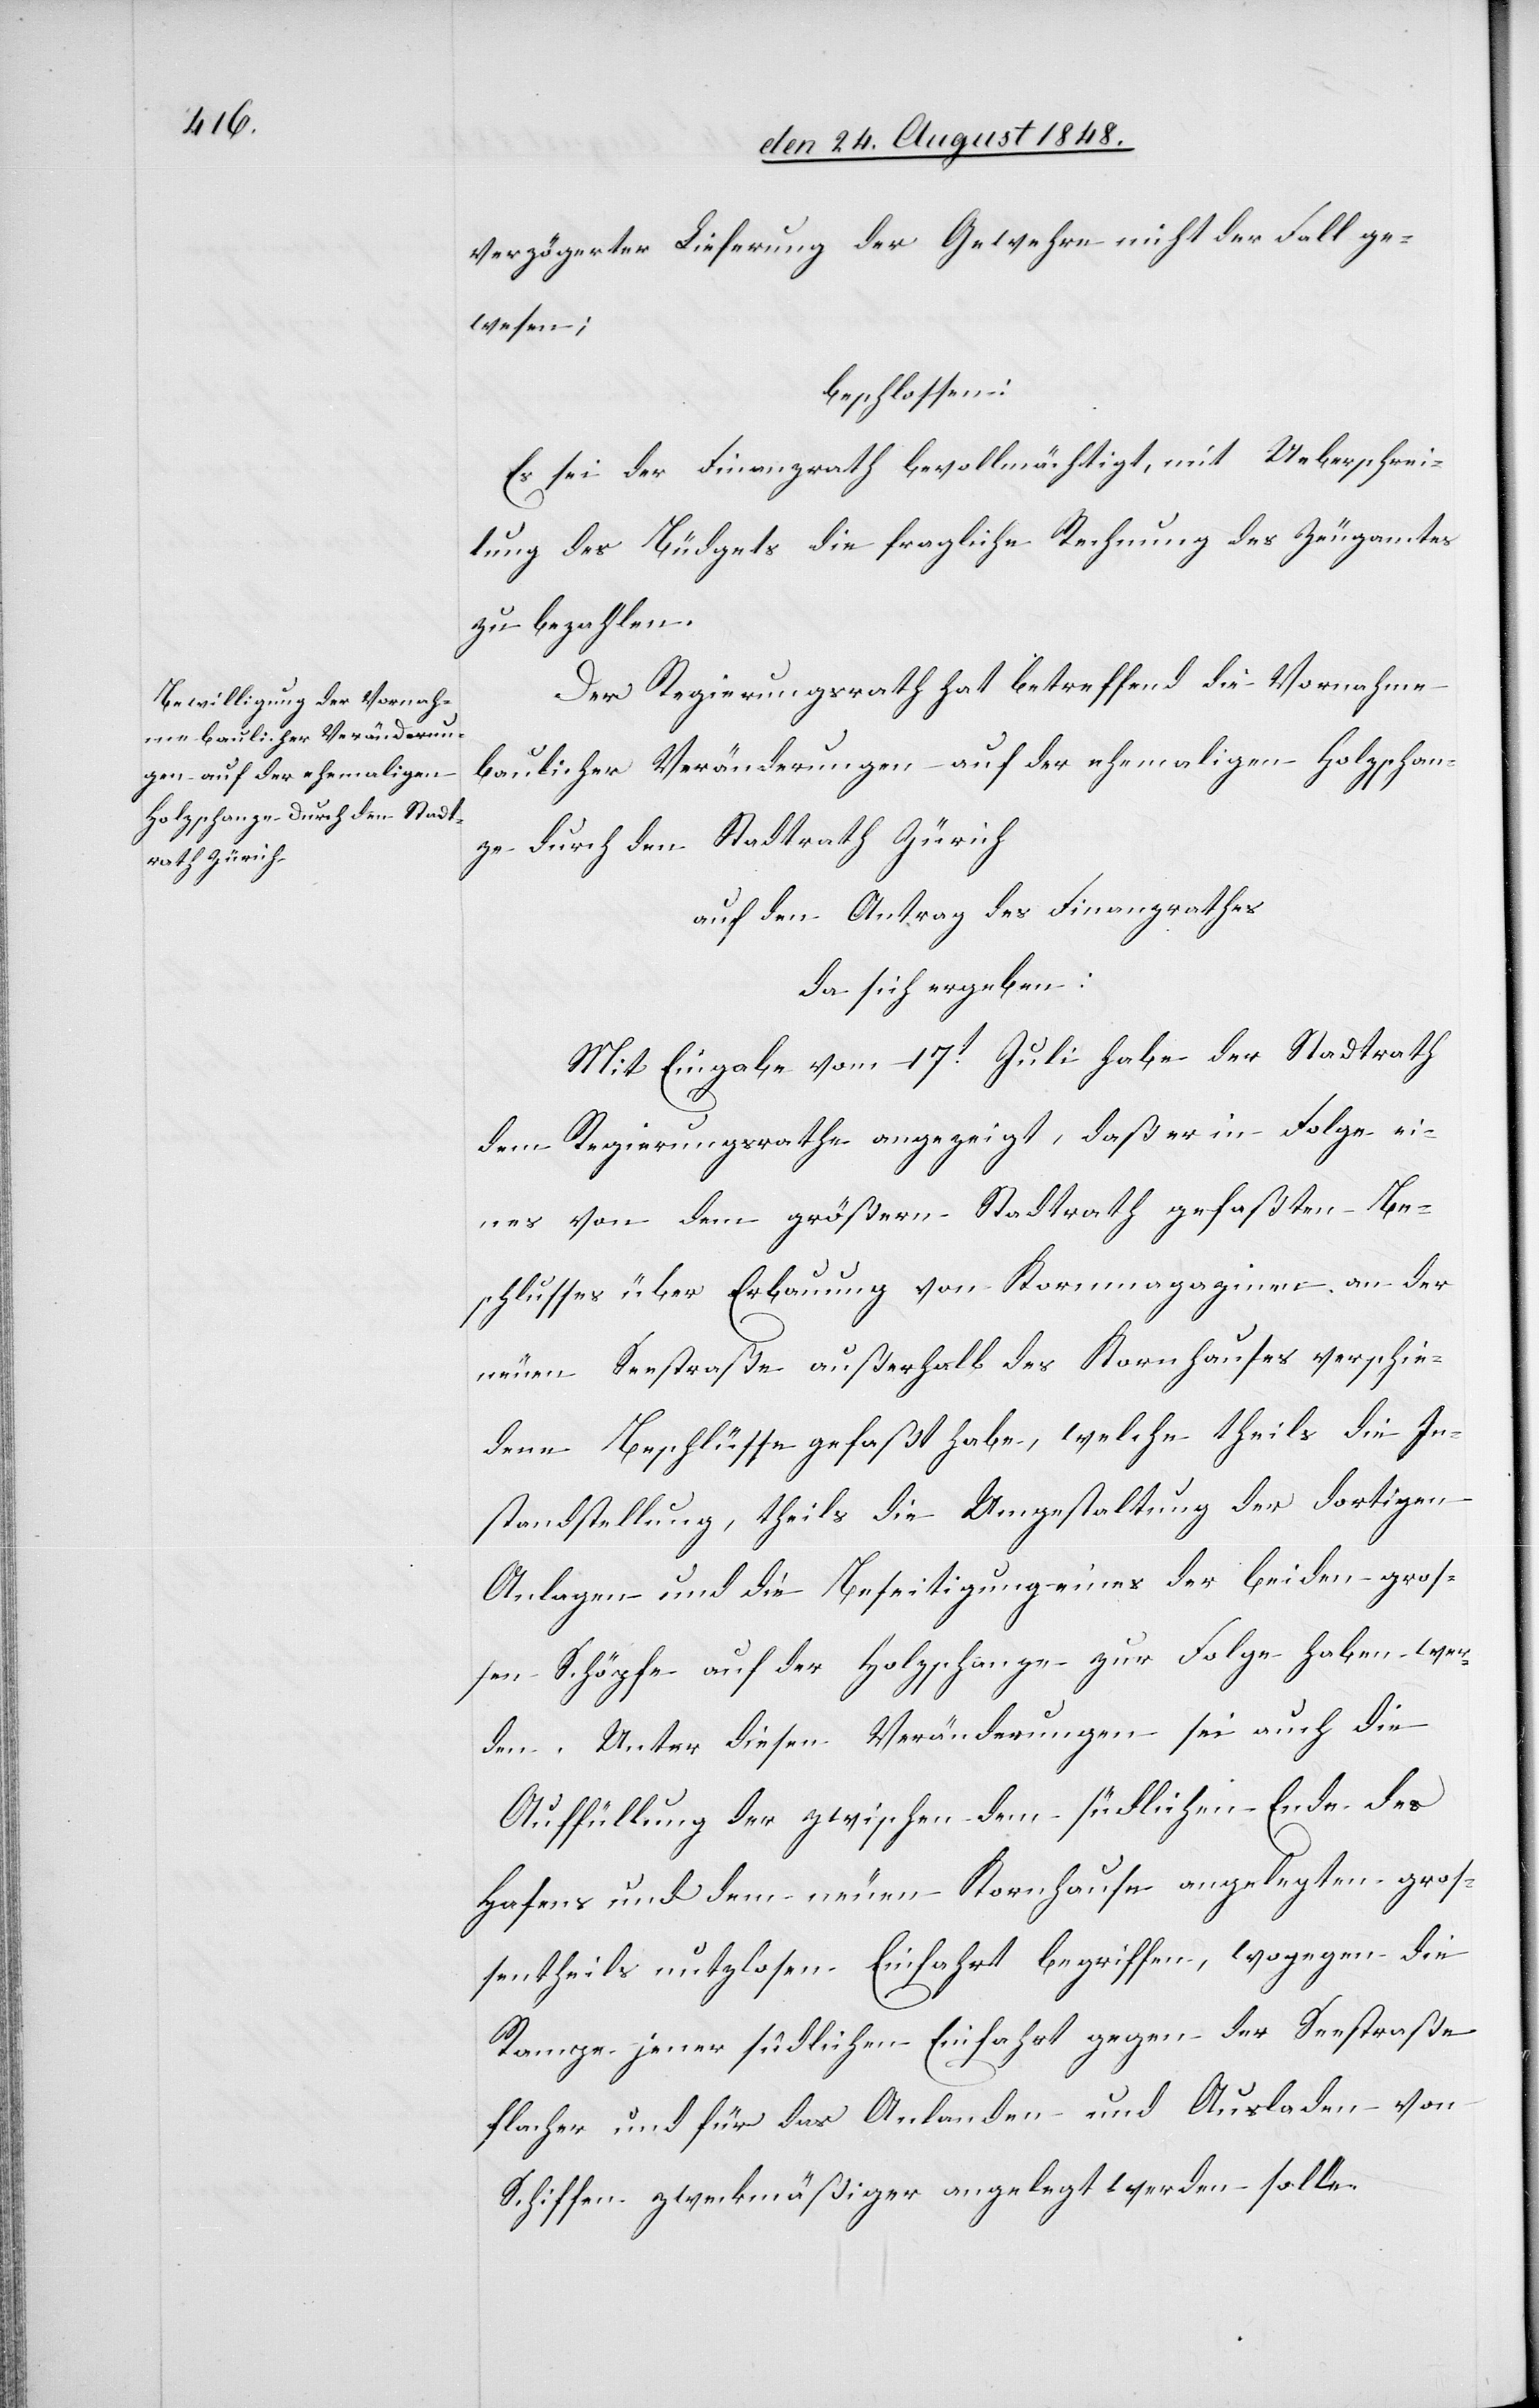
verzögerter Lieferung der Gewehre nicht der Fall ge¬
wesen;
beschlossen:
Es sei der Finanzrath bevollmächtigt, mit Ueberschrei¬
tung des Büdgets die fragliche Rechnung des Zeugamtes
zu bezahlen.
Der Regierungsrath hat betreffend die Vornahme
baulicher Veränderungen auf der ehemaligen Holzschan¬
ze durch den Stadtrath Zürich
auf den Antrag des Finanzrathes
da sich ergeben:
Mit Eingabe vom 17t Juli habe der Stadtrath
dem Regierungsrathe angezeigt, daß er in Folge ei¬
nes von dem größern Stadtrath gefaßten Be¬
schlusses über Erbauung von Kornmagazinen an der
neuen Seestraße außerhalb des Kornhauses verschie¬
dene Beschlüsse gefaßt habe, welche theils die In¬
standstellung, theils die Umgestaltung der dortigen
Anlagen und die Beseitigung eines der beiden groß¬
en Schöpfe auf der Holzschanze zur Folge haben wer¬
den. Unter diesen Veränderungen sei auch die
Auffüllung der zwischen dem südlichen Ende des
Hafens und dem neuen Kornhause angelegten groß¬
entheils nutzlosen Einfahrt begriffen, wogegen die
Rampe jener südlichen Einfahrt gegen der Seestraße
flacher und für das Anlanden und Ausladen von
Schiffen zweckmäßiger angelegt werden solle.